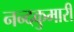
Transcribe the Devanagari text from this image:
नन्दकुमारी